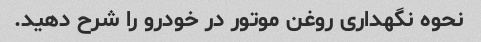
نحوه نگهداری روغن موتور در خودرو را شرح دهید.